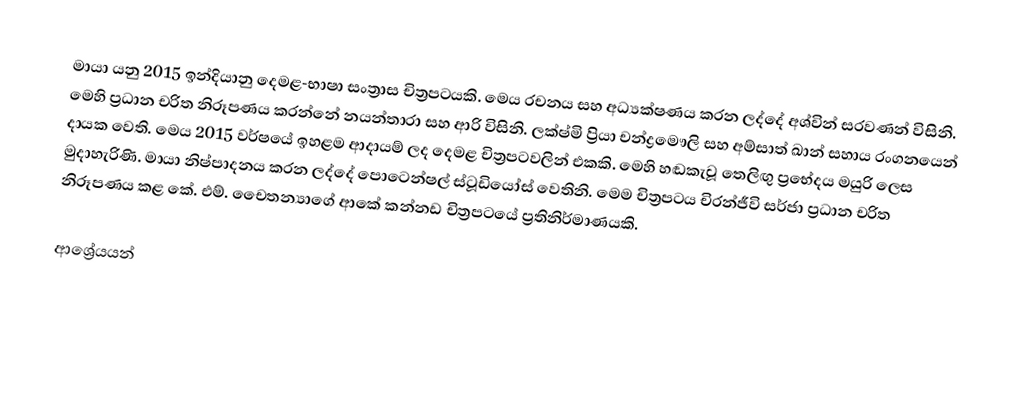
මායා යනු 2015 ඉන්දියානු දෙමළ-භාෂා සංත්‍රාස චිත්‍රපටයකි. මෙය රචනය සහ අධ්‍යක්ෂණය කරන ලද්දේ අශ්වින් සරවණන් විසිනි. මෙහි ප්‍රධාන චරිත නිරූපණය කරන්නේ නයන්තාරා සහ ආරි විසිනි. ලක්ෂ්මි ප්‍රියා චන්ද්‍රමෞලි සහ අම්සාත් ඛාන් සහාය රංගනයෙන් දායක වෙති. මෙය 2015 වර්ෂයේ ඉහළම ආදායම් ලද දෙමළ චිත්‍රපටවලින් එකකි. මෙහි හඬකැවූ තෙලිඟු ප්‍රභේදය මයුරි ලෙස මුදාහැරිණි. මායා නිෂ්පාදනය කරන ලද්දේ පොටෙන්ෂල් ස්ටූඩියෝස් වෙතිනි. මෙම චිත්‍රපටය චිරන්ජීවි සර්ජා ප්‍රධාන චරිත නිරූපණය කළ කේ. එම්. චෛතන්‍යාගේ ආකේ කන්නඩ චිත්‍රපටයේ ප්‍රතිනිර්මාණයකි.

ආශ්‍රේයයන්